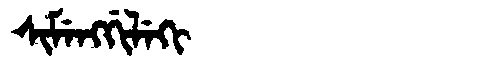
Manchu: ᠰᡳᠮᡝᠩᡤᡳᠯᡝᡴᡳ
Romanization: SIMENGGILEKI